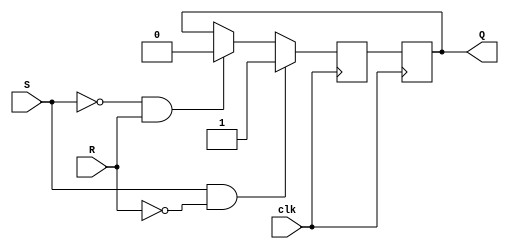
module sr_flip_flop(
    input S, // set input
    input R, // reset input
    input clk, // clock input
    output reg Q // output for stored data
);

reg Q_master, Q_slave; // internal registers for master and slave stages

// Master stage
always @(posedge clk) begin
    if(S && !R) begin
        Q_master <= 1;
    end else if(!S && R) begin
        Q_master <= 0;
    end else begin
        Q_master <= Q_slave;
    end
end

// Slave stage
always @(posedge clk) begin
    Q_slave <= Q_master;
end

assign Q = Q_slave; // output
endmodule